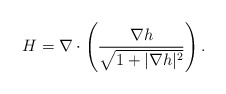
\begin{align*}H =\nabla\cdot\left(\frac{\nabla h }{\sqrt{1+|\nabla h|^2}}\right).\end{align*}